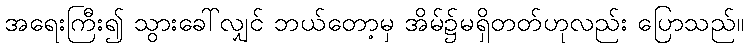
အရေးကြီး၍ သွားခေါ်လျှင် ဘယ်တော့မှ အိမ်၌မရှိတတ်ဟုလည်း ပြောသည်။